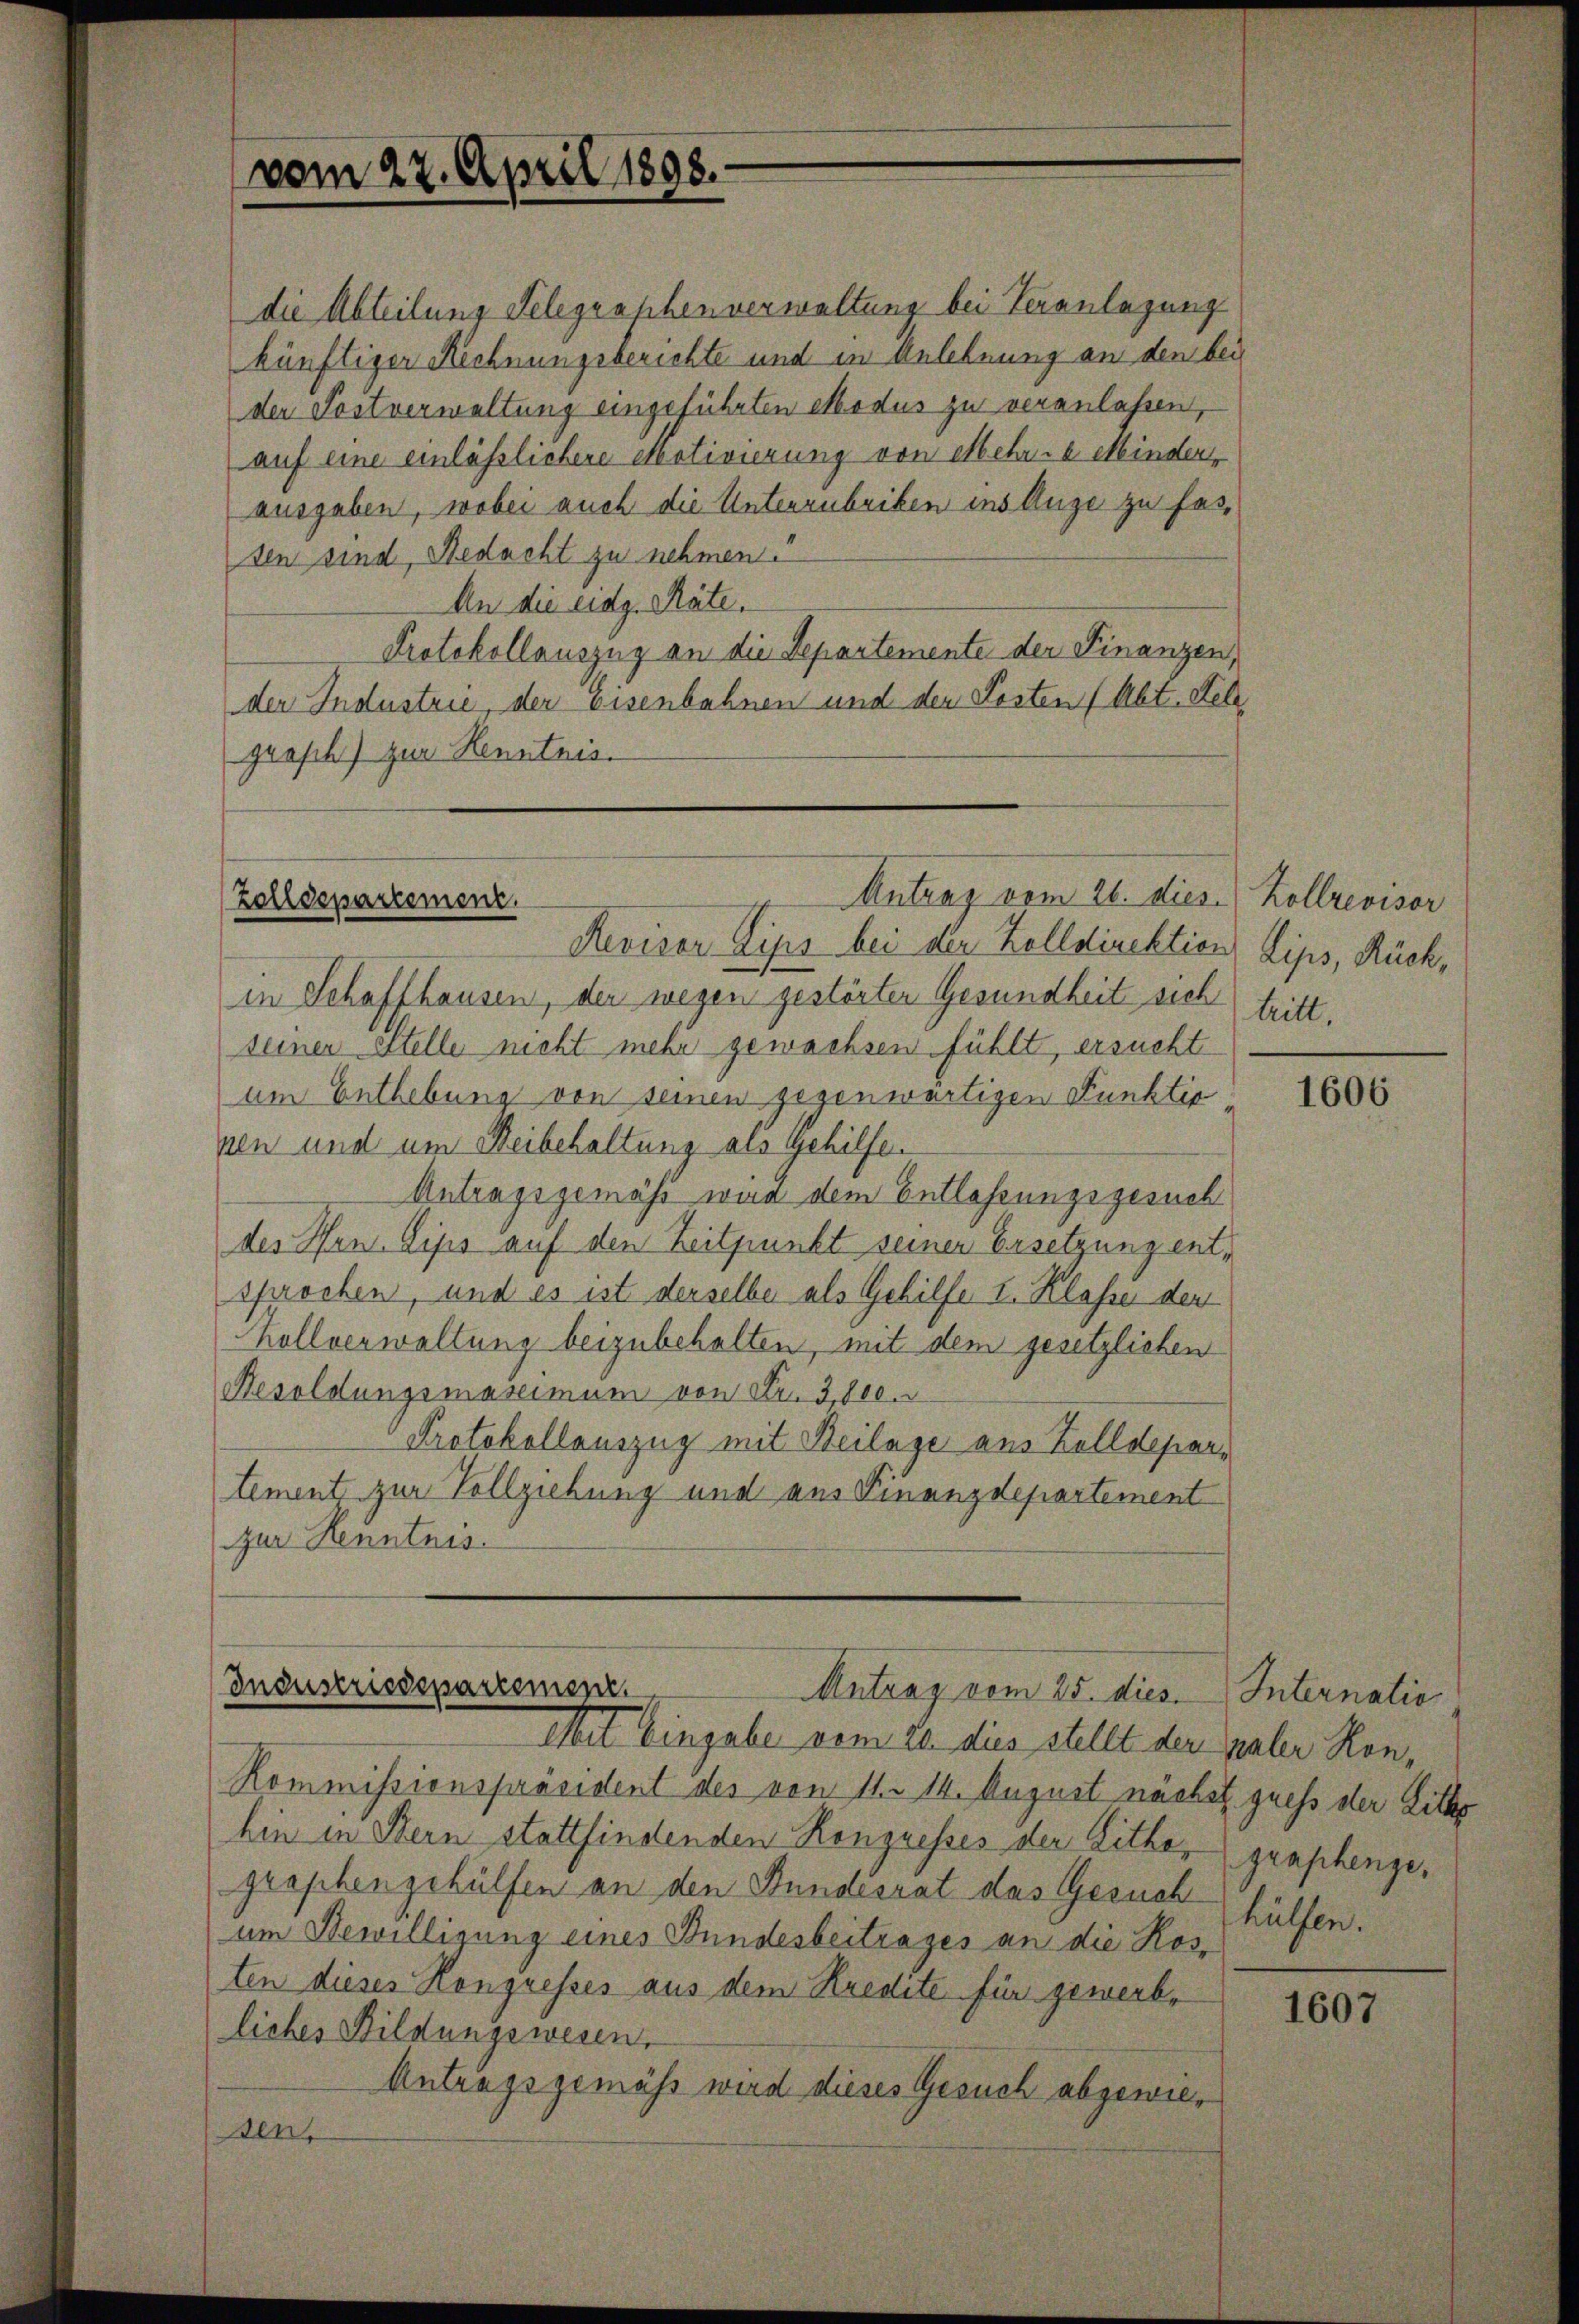
vom 22. April 1898.

die Abteilung Telegraphenverwaltung bei Veranlagung
künftiger Rechnungsberichte und in Anlehnung an den bei
der Postverwaltung eingeführten Modus zu veranlassen,
auf eine einlässlichere Motivierung von Mehr- u Minderausgaben, wobei auch die Unterzubriken ins Auge zu fasden sind, Redacht zu nehmen.
An die eidg. Räte.
Protokollauszug an die Separtemente der Finanzen,
der Industrie, der Eisenbahnen und der Kosten (Abt. Sch
grasch) zur Kenntnis.

Antrag vom 26. dies. Kollrevisor
Zolldepartement.

Revisor Lips bei der Zolldirektion Lips, Rückin Schaffhausen, den wegen gestörten Gesundheit sich
seiner ettelle nicht mehr gewachsen fühlt, ersucht
um Enthebung von seinen gegenwärtigen Funktio
pen und um Reibehaltung als Gehilfen
Antragsgemäss war dem Entlassungsgesuch
des Hrn. Lips auf den Zeitpunkt seiner Ersetzung entsprochen, und es ist derselbe als Gehilfe I. Klasse der
Kollverwaltung beizubehalten, mit dem gesetzlichen
Besoldungsmaximum von Fr. 3, 800.
Protokollauszug mit Beilage aus Kolldepartement zur Vollziehung und aus Finanzdepartement
zur Kenntnis.

Industriedepartement.
Antrag vom 25. dies. Internatio

Kommissionspräsident des von 11. 14. August nachst guess der Litte
hin in Bern stattfindenden Kongresses der Lithogrophengehülfen an den Bundesrat des Gesuch
um Bewilligung eines Bundesbeitrages an die Kosten dieses Hongresses aus dem Kredite für gewerbliches Bildungswesen.
Antragsgemäß wird dieses Gesuch abgewiesen,

Mit Eingabe vom 20. dies stellt der maler Kon¬

teilt.

1606

graphenze,
hülfen.

1607